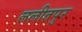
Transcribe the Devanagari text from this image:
ललीतपुर